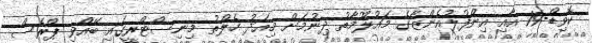
ކޮވިޑް-19 އާއި އިންފުލުއެންޒާގެ މައުލޫމާތު ދިނުމަށް މިއަދު ހެލްތު މިނިސްޓްރީގައި ބޭއްވި ޕްރެސް